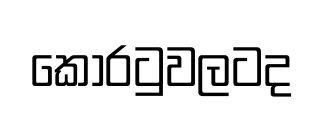
කොරටුවලටද